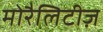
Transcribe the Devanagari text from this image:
मोरैलिटीज़